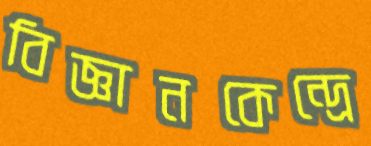
বিজ্ঞানকেন্দ্রে